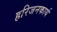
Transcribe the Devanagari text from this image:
हरिजनकार्य